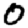
Digit: 0